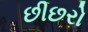
છીછરો